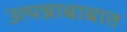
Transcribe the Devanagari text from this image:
उत्पन्नाबाबात